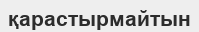
қарастырмайтын